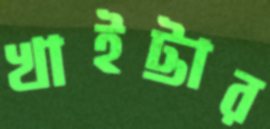
খাইট্টার